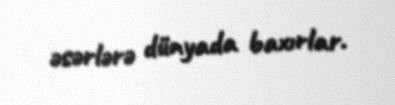
əsərlərə dünyada baxırlar.